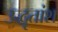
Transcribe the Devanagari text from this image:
उद्धृतांश